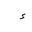
Letter: _hamza